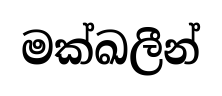
මක්ඛලීන්